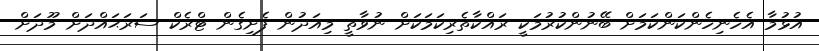
އުޅުމާ އެހެނިހެންކަންކަމަށް ބޭނުންކުރުމަކީ ރައްކާތެރިކަމަކަށް ނުވާތީ މިއަދުން ފެށިގެން ޓްރެކް ސަރަޙައްދަށް މޫދަށް